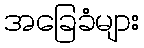
အခြေခံများ